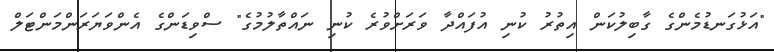
"އަޅުގަނޑުމެންގެ ގާބިލުކަން އިތުރު ކުނި އުފައްދާ ވަރަށްވުރެ ކުނި ނައްތާލުމުގެ" ސްވިޑަންގެ އެންވަޔަރަންމަންޓަލް